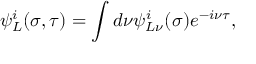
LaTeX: \psi _ { L } ^ { i } ( \sigma , \tau ) = \int d \nu \psi _ { L \nu } ^ { i } ( \sigma ) e ^ { - i \nu \tau } ,